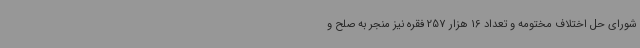
شورای حل اختلاف مختومه و تعداد 16 هزار 257 فقره نیز منجر به صلح و